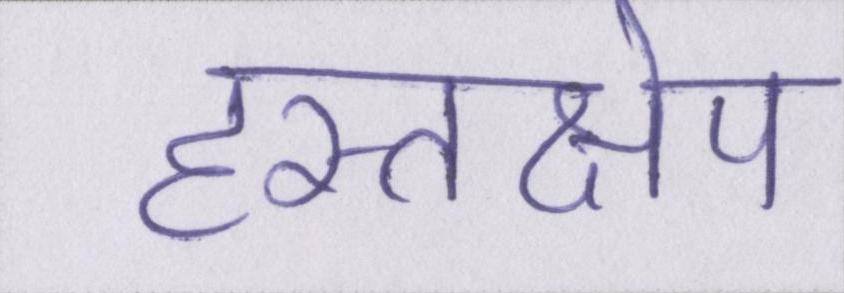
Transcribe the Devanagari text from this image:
हस्तक्षेप